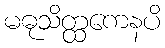
မဓုသိတ္ထကေနပိ